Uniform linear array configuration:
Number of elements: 8
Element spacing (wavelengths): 0.75
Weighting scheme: uniform
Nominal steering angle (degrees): -15
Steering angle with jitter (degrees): -16.747
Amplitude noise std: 0.05
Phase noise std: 0.05

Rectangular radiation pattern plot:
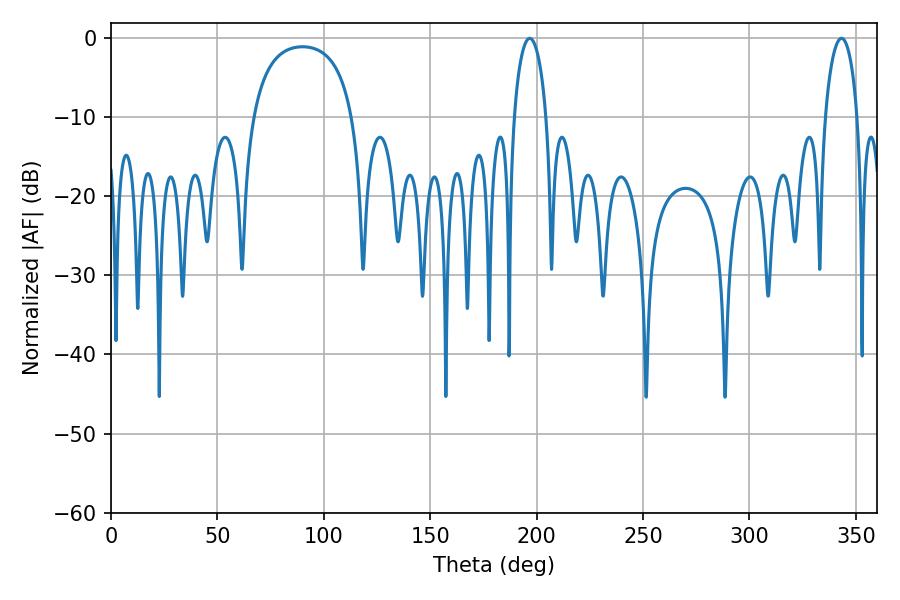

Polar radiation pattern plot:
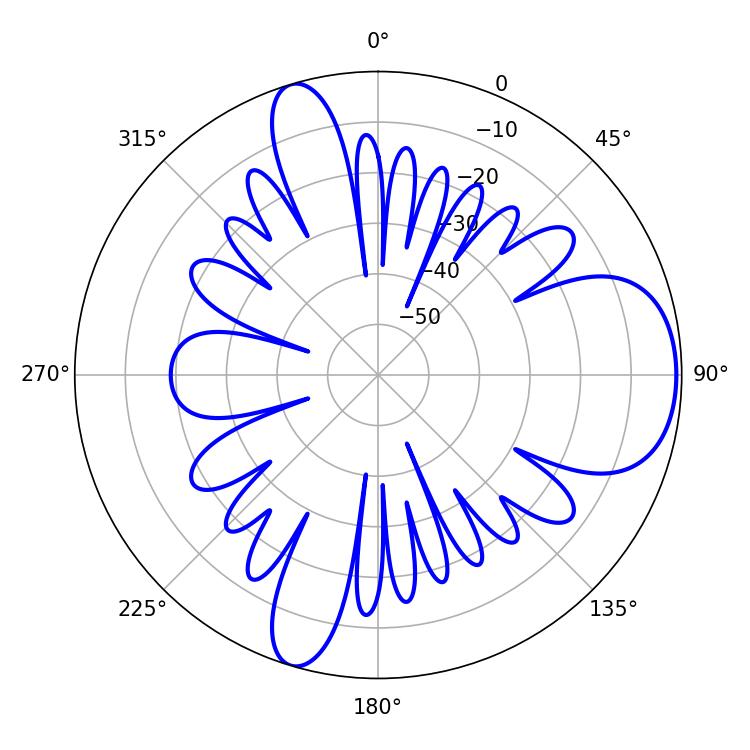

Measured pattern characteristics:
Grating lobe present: TRUE
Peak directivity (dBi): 7.787
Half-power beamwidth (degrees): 8.64
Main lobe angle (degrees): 196.74